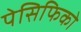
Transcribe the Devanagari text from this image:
पेसिफिको